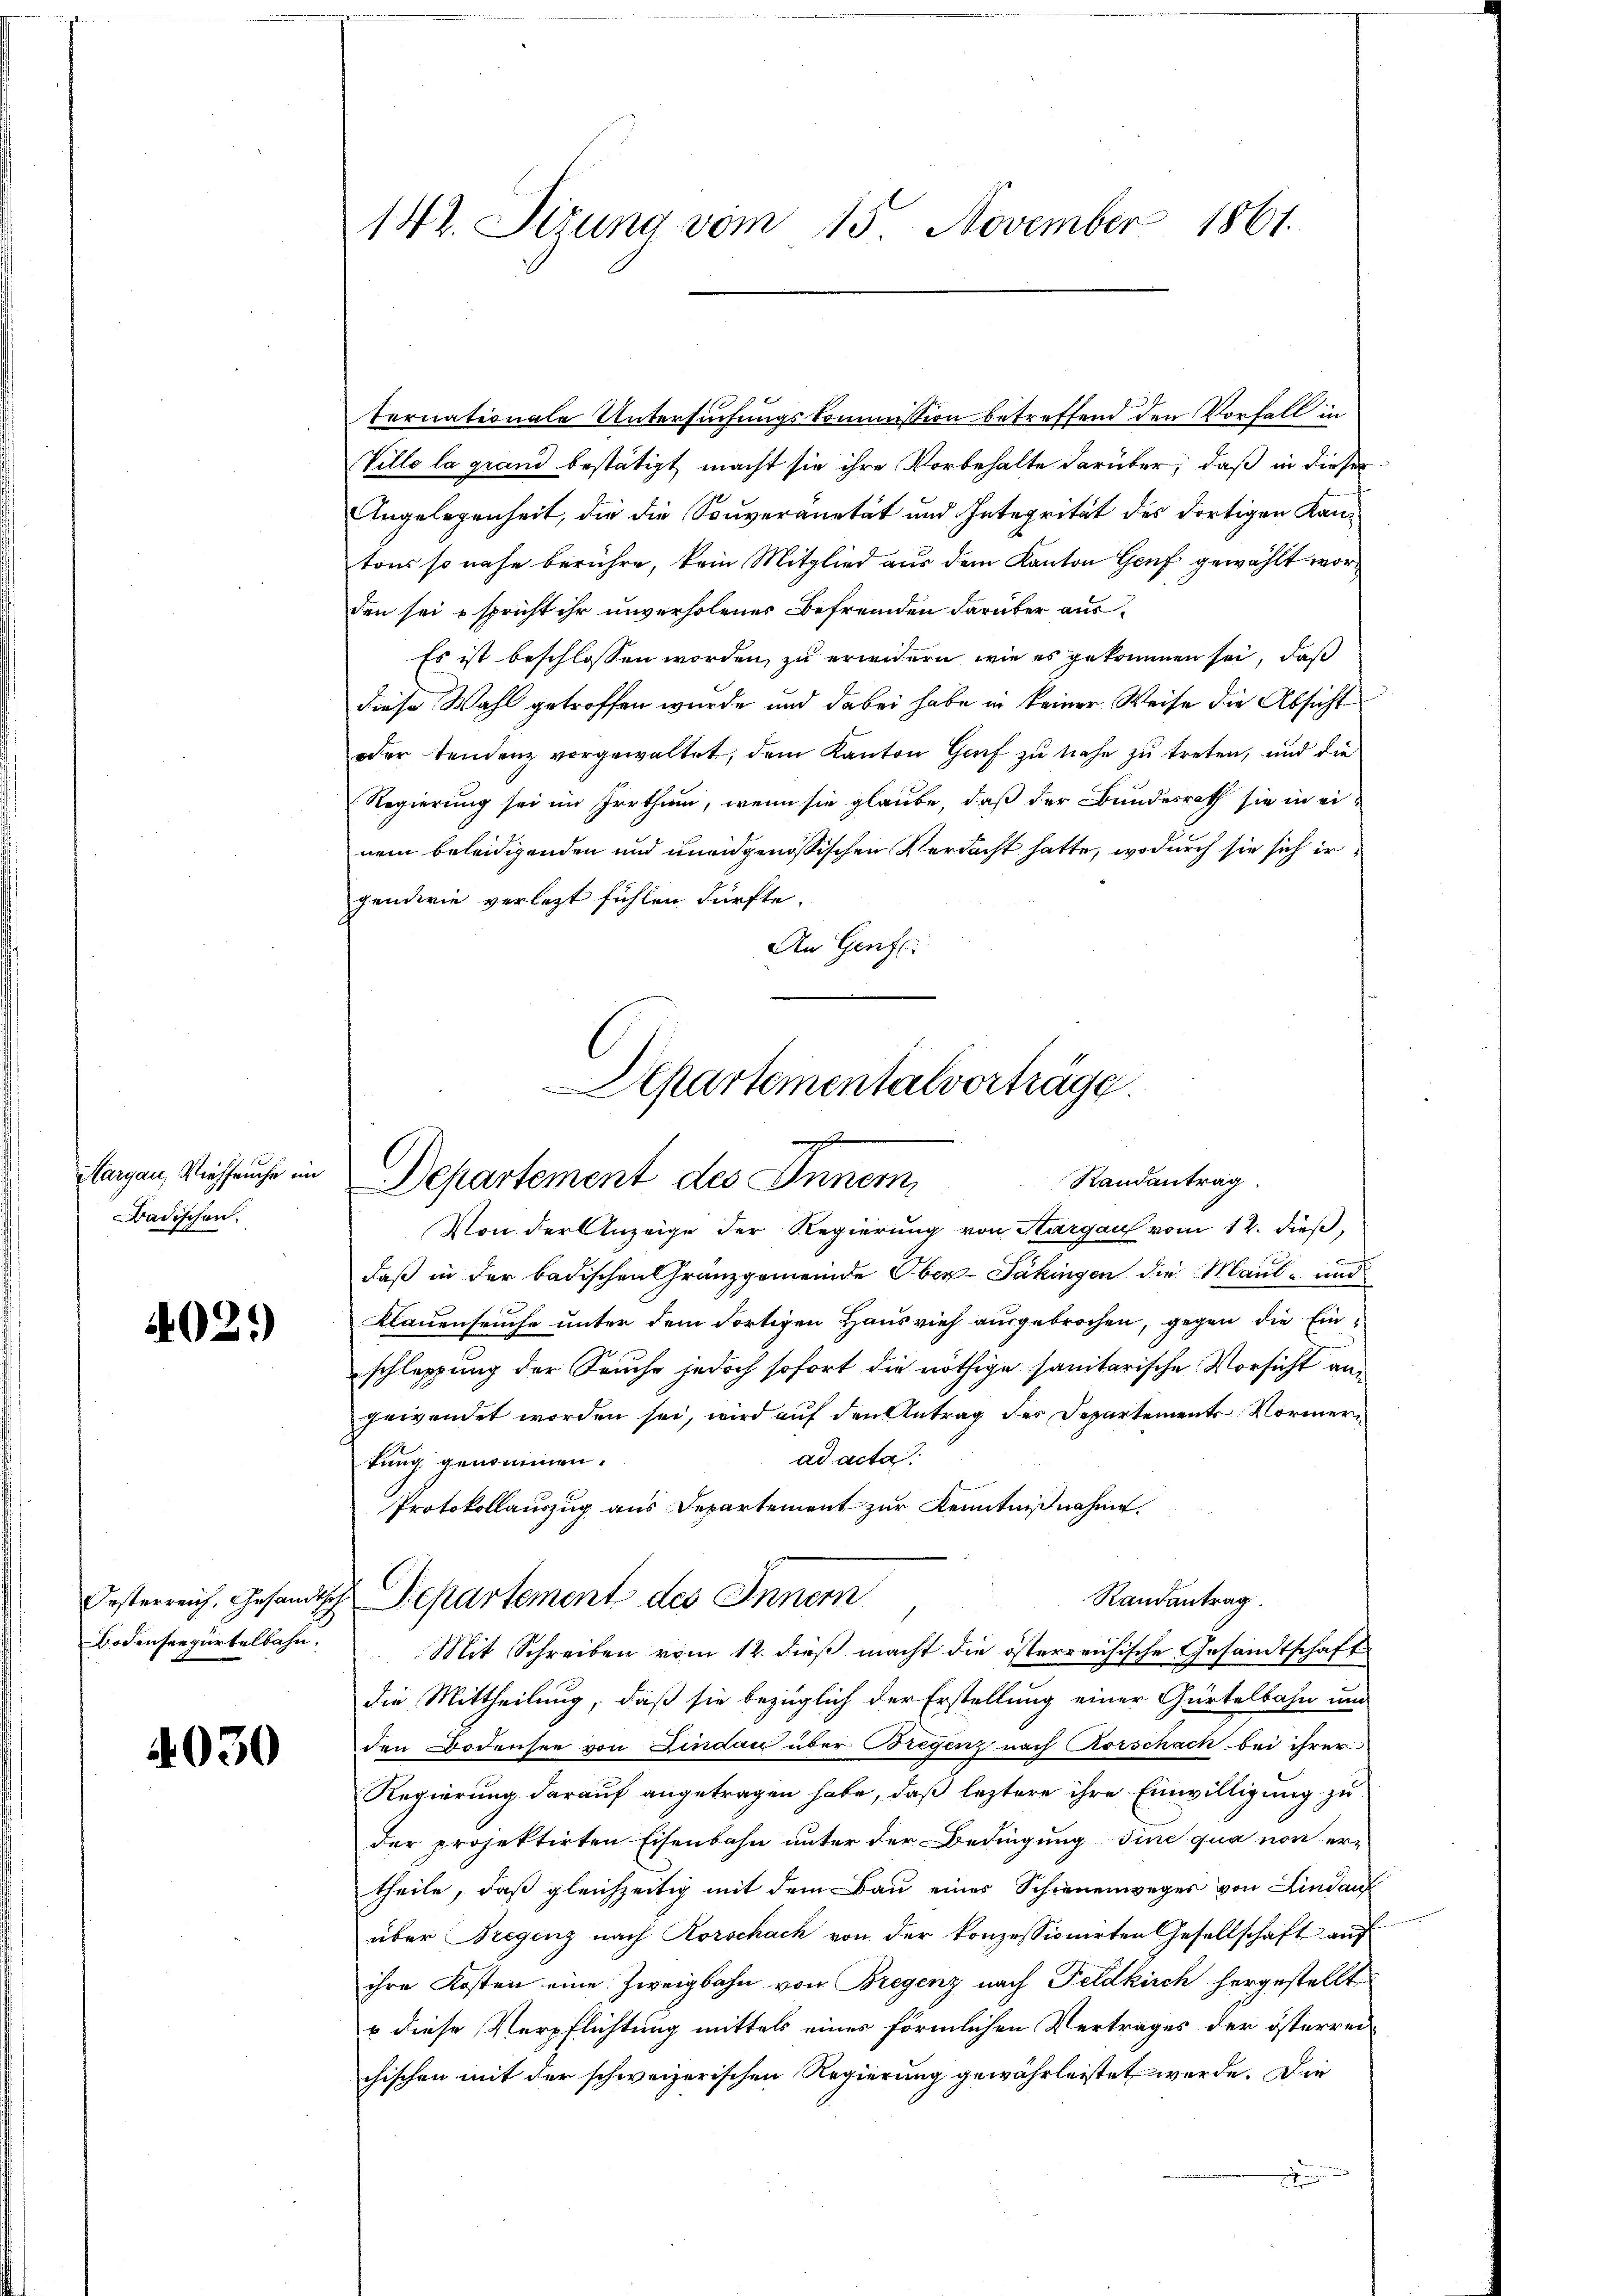
Margau, Viehseuche im
Badischen.

4021)

Oesterreich, Gesandtsch
Bodensrepartelbahn.

4030

142. Sizung vom 15. November 1861.

ternationale Untersuchungskommission betreffend den Vorfall in
Ville la grand bestätigt macht sie ihre Vorbehalte darüber, daß in dieser
Angelegenheit, die die Souveranetät und Integrität des dortigen Kantons so nahe berühre, kein Mitglied aus dem Kanton Genf gewählt worden sei & spricht ihr unverholenes Befremden darüber aus¬
Es ist beschlossen worden, zu erwidern, wie es gekommen sei, daß
diese Wahl getroffen wurde und dabei habe in keiner Weise die Absicht
oder Tendenz vorgewaltet, dem Kanton Genf zu nahe zu treten, und die
Regierung sei im Irrthum, wenn sie glaube, daß der Bundesrath sie in einem beleidigenden und uneidgenössischen Verdacht hatte, wodurch sie sich irgendwie verletzt fühlen dürfte.
An Genfe

Departementalverträge
c
Randantrag
Departement des Inner

Von der Anzeige der Regierung von Sargau vom 12. dieß,
daß in der badischen Granzgemeinde Ober-Jäkingen die Maul- und
Klauenseuche unter dem dortigen Hausvieh ausgebrochen, gegen die Einschleppung der Seuche jedoch sofort die nöthige sanitarische Vorsicht angewendet worden sei, wird auf den Antrag des Departements Normern
ad acta.
tung genommen.
Protokollauszug aus Departement zur Kenntnißnahme.
Randantrag.
Departement des Inner
Mit Schreiben vom 12. dieß macht die österreichische Gesandtschaft
die Mittheilung, daß sie bezüglich der Erstellung einer Gürtelbahn und
den Bodensee von Lindau über Bregenz nach Rorschach bei ihrer
Regierung darauf angetragen habe, daß leztere ihre Einwilligung zu
der projektirten Eisenbahn unter der Bedingung sine qua non ertheile, daß gleichzeitig mit dem Bau eines Schienenweger von Lindauf
über Bregenz nach Korschach von der konzessionirten Gesellschaft auf
ihre Kosten eine Zweigbahn von Bregenz nach Feldkirch hergestellt,
u diese Verpflichtung mittels eines förmlichen Vertrages der österreichischen mit der schweizerischen Regierung gewährleistet werde. Die
.